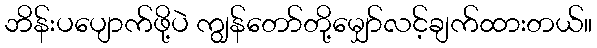
ဘိန်းပပျောက်ဖို့ပဲ ကျွန်တော်တို့မျှော်လင့်ချက်ထားတယ်။